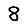
Digit: 8